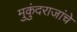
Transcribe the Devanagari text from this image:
मुकुंदराजांचे